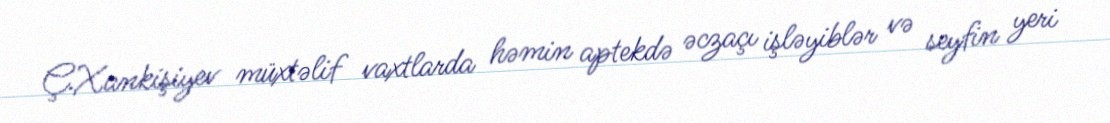
Ç.Xankişiyev müxtəlif vaxtlarda həmin aptekdə əczaçı işləyiblər və seyfin yeri